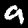
Label: 9